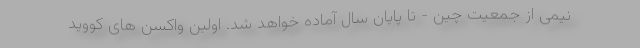
نیمی از جمعیت چین - تا پایان سال آماده خواهد شد. اولین واکسن های کووید